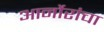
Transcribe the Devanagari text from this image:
आर्नोरांचा